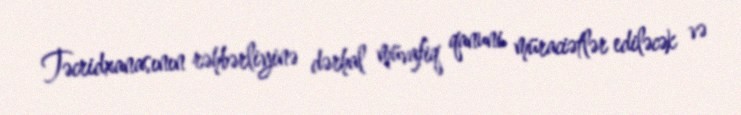
Təcridxanasının rəhbərliyinə dərhal müvafiq qanuni müraciətlər ediləcək və